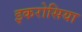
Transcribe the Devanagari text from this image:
इकरोसिया